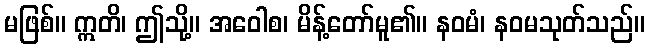
မဖြစ်။ ဣတိ၊ ဤသို့။ အဝေါစ၊ မိန့်တော်မူ၏။ နဝမံ၊ နဝမသုတ်သည်။